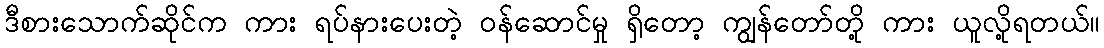
ဒီစားသောက်ဆိုင်က ကား ရပ်နားပေးတဲ့ ဝန်ဆောင်မှု ရှိတော့ ကျွန်တော်တို့ ကား ယူလို့ရတယ်။